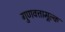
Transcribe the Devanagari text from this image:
गुणवत्तामूल्क